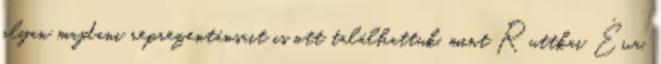
olyan majdani reprezentánsait is ott találhattuk, mint Ruttkai Éva,